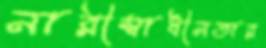
নারীস্বাধীনতার